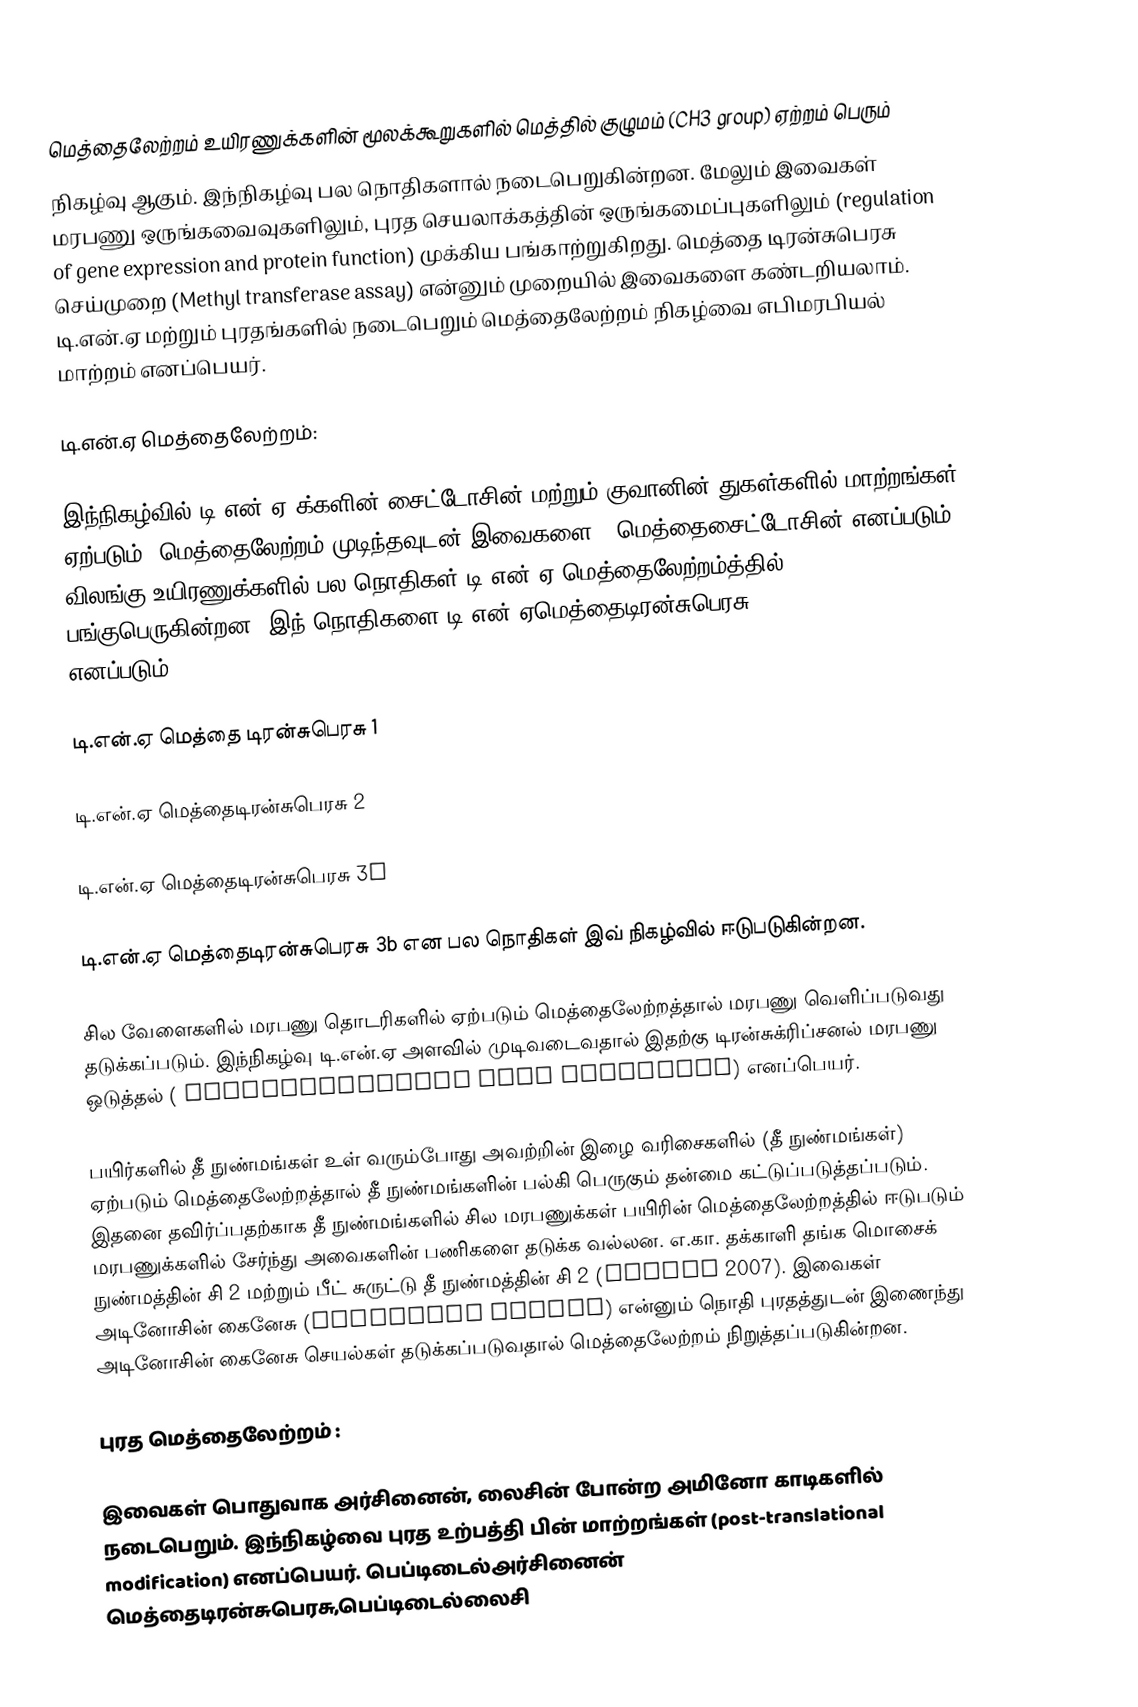
மெத்தைலேற்றம்   உயிரணுக்களின் மூலக்கூறுகளில் மெத்தில் குழுமம் (CH3 group) ஏற்றம் பெரும்
நிகழ்வு ஆகும். இந்நிகழ்வு பல நொதிகளால் நடைபெறுகின்றன. மேலும் இவைகள் மரபணு ஒருங்கவைவுகளிலும், புரத செயலாக்கத்தின் ஒருங்கமைப்புகளிலும் (regulation of gene expression and protein function) முக்கிய பங்காற்றுகிறது. மெத்தை டிரன்சுபெரசு செய்முறை (Methyl transferase assay) என்னும் முறையில் இவைகளை கண்டறியலாம். டி.என்.ஏ மற்றும் புரதங்களில் நடைபெறும் மெத்தைலேற்றம் நிகழ்வை எபிமரபியல் மாற்றம் எனப்பெயர்.

டி.என்.ஏ மெத்தைலேற்றம்:

இந்நிகழ்வில்  டி.என்.ஏ க்களின் சைட்டோசின் மற்றும் குவானின் துகள்களில் மாற்றங்கள் ஏற்படும். மெத்தைலேற்றம் முடிந்தவுடன் இவைகளை 5-மெத்தைசைட்டோசின் எனப்படும். விலங்கு உயிரணுக்களில் பல நொதிகள் டி.என்.ஏ மெத்தைலேற்றம்த்தில் பங்குபெருகின்றன. இந் நொதிகளை டி.என்.ஏமெத்தைடிரன்சுபெரசு (DNA methyltransferase) எனப்படும்.

டி.என்.ஏ மெத்தை டிரன்சுபெரசு 1

டி.என்.ஏ மெத்தைடிரன்சுபெரசு 2

டி.என்.ஏ மெத்தைடிரன்சுபெரசு 3a

டி.என்.ஏ  மெத்தைடிரன்சுபெரசு 3b என பல நொதிகள் இவ் நிகழ்வில் ஈடுபடுகின்றன.

சில வேளைகளில் மரபணு தொடரிகளில் ஏற்படும்  மெத்தைலேற்றத்தால் மரபணு வெளிப்படுவது தடுக்கப்படும்.  இந்நிகழ்வு டி.என்.ஏ அளவில் முடிவடைவதால் இதற்கு டிரன்சுக்ரிப்சனல் மரபணு ஒடுத்தல் ( transcriptional gene silencing) எனப்பெயர்.

பயிர்களில் தீ நுண்மங்கள் உள் வரும்போது அவற்றின் இழை வரிசைகளில் (தீ நுண்மங்கள்) ஏற்படும் மெத்தைலேற்றத்தால் தீ நுண்மங்களின் பல்கி பெருகும் தன்மை கட்டுப்படுத்தப்படும். இதனை தவிர்ப்பதற்காக தீ நுண்மங்களில் சில மரபணுக்கள் பயிரின் மெத்தைலேற்றத்தில் ஈடுபடும் மரபணுக்களில் சேர்ந்து அவைகளின் பணிகளை தடுக்க வல்லன. எ.கா.  தக்காளி தங்க மொசைக் நுண்மத்தின்  சி 2  மற்றும் பீட் சுருட்டு தீ நுண்மத்தின் சி 2  (Bisaro 2007). இவைகள் அடினோசின் கைனேசு (Adenosine Kinase) என்னும் நொதி புரதத்துடன் இணைந்து அடினோசின் கைனேசு  செயல்கள் தடுக்கப்படுவதால்  மெத்தைலேற்றம் நிறுத்தப்படுகின்றன.

புரத மெத்தைலேற்றம் :

இவைகள் பொதுவாக அர்சினைன், லைசின் போன்ற அமினோ காடிகளில் நடைபெறும்.  இந்நிகழ்வை புரத உற்பத்தி பின் மாற்றங்கள் (post-translational modification) எனப்பெயர். பெப்டிடைல்அர்சினைன் மெத்தைடிரன்சுபெரசு,பெப்டிடைல்லைசி